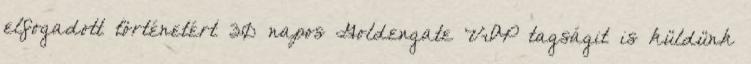
elfogadott történetért 30 napos Goldengate VIP tagságit is küldünk